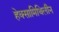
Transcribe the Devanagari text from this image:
हेक्सामिथिलीन